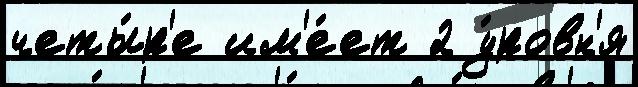
четы́р'е им'е́ет 2 у́ровн'я